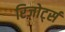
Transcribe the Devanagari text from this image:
रिज़ोर्ट्स